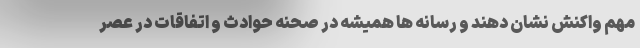
مهم واکنش نشان دهند و رسانه ها همیشه در صحنه حوادث و اتفاقات در عصر